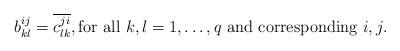
LaTeX: \begin{align*} b^{ij}_{kl}=\overline{c^{ji}_{lk}},\mbox{for all $k,l=1,\dots,q$ and corresponding $i,j$.} \end{align*}